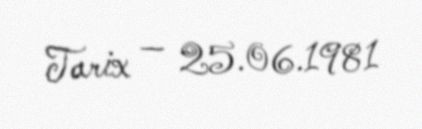
Tarix — 25.06.1981